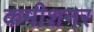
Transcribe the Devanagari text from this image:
कमीशनर